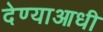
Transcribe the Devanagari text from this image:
देण्याआधी